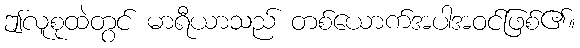
ဤလူစုထဲတွင် မာရီယာသည် တစ်ယောက်အပါအဝင်ဖြစ်၏။